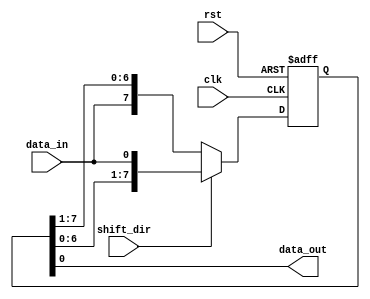
module shift_register(
    input wire clk,       // Clock input
    input wire rst,       // Reset input
    input wire shift_dir, // Shift direction: 0 for right, 1 for left
    input wire data_in,   // Data input
    output reg data_out   // Data output
);

reg [7:0] reg_data;

always @(posedge clk or posedge rst) begin
    if (rst) begin
        reg_data <= 8'b0;
    end else begin
        if (shift_dir) begin
            reg_data <= {reg_data[6:0], data_in};
        end else begin
            reg_data <= {data_in, reg_data[7:1]};
        end
    end
end

assign data_out = reg_data[0];

endmodule